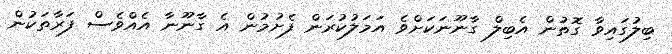
ބިލުގައިވާ ގޮތުން އެބިލް ގާނޫނަކަށްވެ އަމަލުކުރަން ފެށުމުން އެ ގާނޫނާ އެއްވެސް ފަރާތަކުން